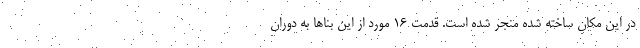
در این مکان ساخته شده منجر شده است. قدمت ۱۶ مورد از این بناها به دوران